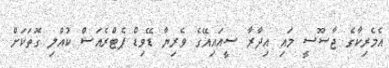
އެމެރިކާގެ ޖާސޫސީ މައި އިދާރާ ސީއައިއޭގެ ވެރިޔާ ޑޭވިޑް ޕެޓްރެއަސް ކުއްލި ގޮތަކަށް